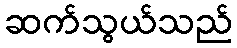
ဆက်သွယ်သည်